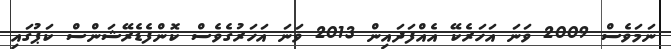
ނަމަވެސް 2009 ވަނަ އަހަރެކޭ އެއްފަދައިން 2013 ވަނަ އަހަރުގެވެސް ކޮންފެޑެރޭޝަންސް ކަޕުގައި